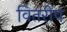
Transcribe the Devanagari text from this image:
वितरीप